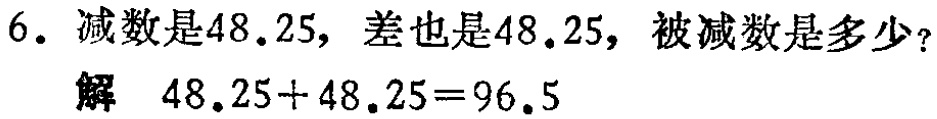
6. 减数是\(48.25\)，差也是\(48.25\)，被减数是多少？

解 \(48.25 + 48.25 = 96.5\)